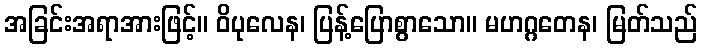
အခြင်းအရာအားဖြင့်။ ဝိပုလေန၊ ပြန့်ပြောစွာသော။ မဟဂ္ဂတေန၊ မြတ်သည်